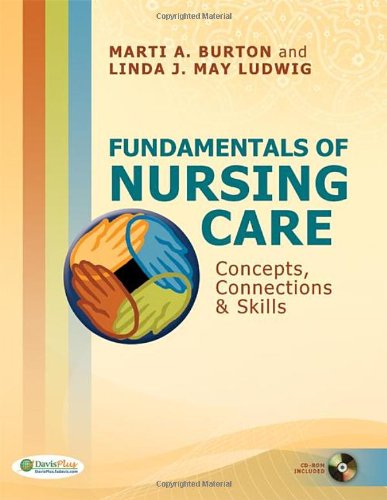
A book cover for Fundamentals of Nursing Care: Concepts, Connections & Skills (Clinical anesthesia); Marti Burton RN  BS; Medical Books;